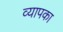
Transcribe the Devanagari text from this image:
व्यापका